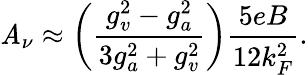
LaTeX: \mathit{A}_{\nu}\approx\left({\frac{{g_{v}^{2}-g_{a}^{2}}}{{3g_{a}^{2}+g_{v}^{2}}}}\right){\frac{{5eB}}{{12k_{F}^{2}}}}.